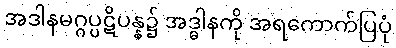
အဒါနမဂ္ဂပ္ပဋိပန္န၌ အဒ္ဓါနကို အရကောက်ပြပုံ